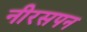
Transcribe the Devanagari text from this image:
नीरसपन